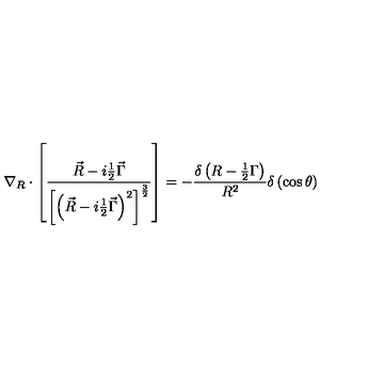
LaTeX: \nabla _ { R } \cdot \left[ \frac { \vec { R } - i \frac 1 2 \vec { \Gamma } } { \left[ \left( \vec { R } - i \frac 1 2 \vec { \Gamma } \right) ^ { 2 } \right] ^ { \frac 3 2 } } \right] = - \frac { \delta \left( R - \frac 1 2 \Gamma \right) } { R ^ { 2 } } \delta \left( \cos \theta \right)